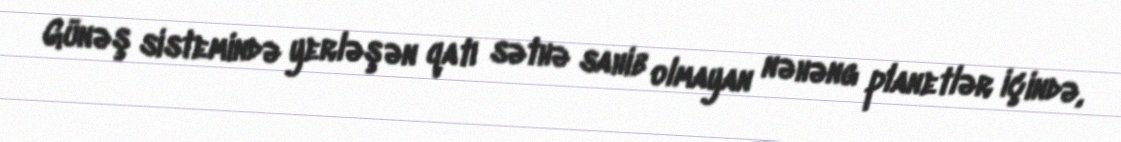
Günəş sistemində yerləşən qatı səthə sahib olmayan nəhəng planetlər içində,